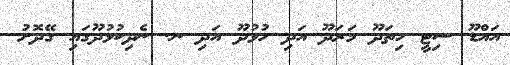
އައްޑޫ ސިޓީ ހިތަދޫ މަރަދޫ އަދި ހުޅުދޫ އަދި ނ. ނެދިކުޅުދޫގައި ގޭދޮށު